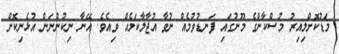
މަޑުކޮށްލިއިރު މުސްކާންގެ މޫނުގައި ފަނޑުވުމެއް ނުވާ އުޖާލާކަމެއް ވިއެވެ. އޭނާ ނިކުންނަން އުޅެނިކޮށް